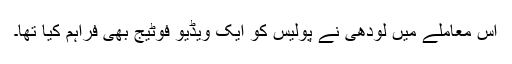
اس معاملے میں لودھی نے پولیس کو ایک ویڈیو فوٹیج بھی فراہم کیا تھا۔